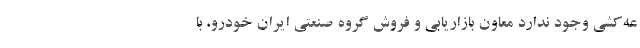
عه‌کشی وجود ندارد معاون بازاریابی و فروش گروه صنعتی ایران خودرو، با